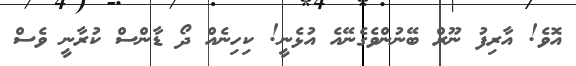
އޮވެ! އާރިފު ނޫރް ބޭނުންވެގެނޭއެ އުޅެނީ! ކިހިނެއް ދޯ ޑާންސް ކުރާނީ ވެސް